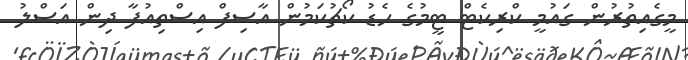
މީގެއިތުރުން ގައުމީ ކްރިކެޓް ޓީމުގެ ހެޑު ކޯޗުކަމުން އާސިފް އިސްތިއުފާ ދިން އަސްލު